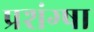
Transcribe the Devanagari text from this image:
प्रशंग्षा